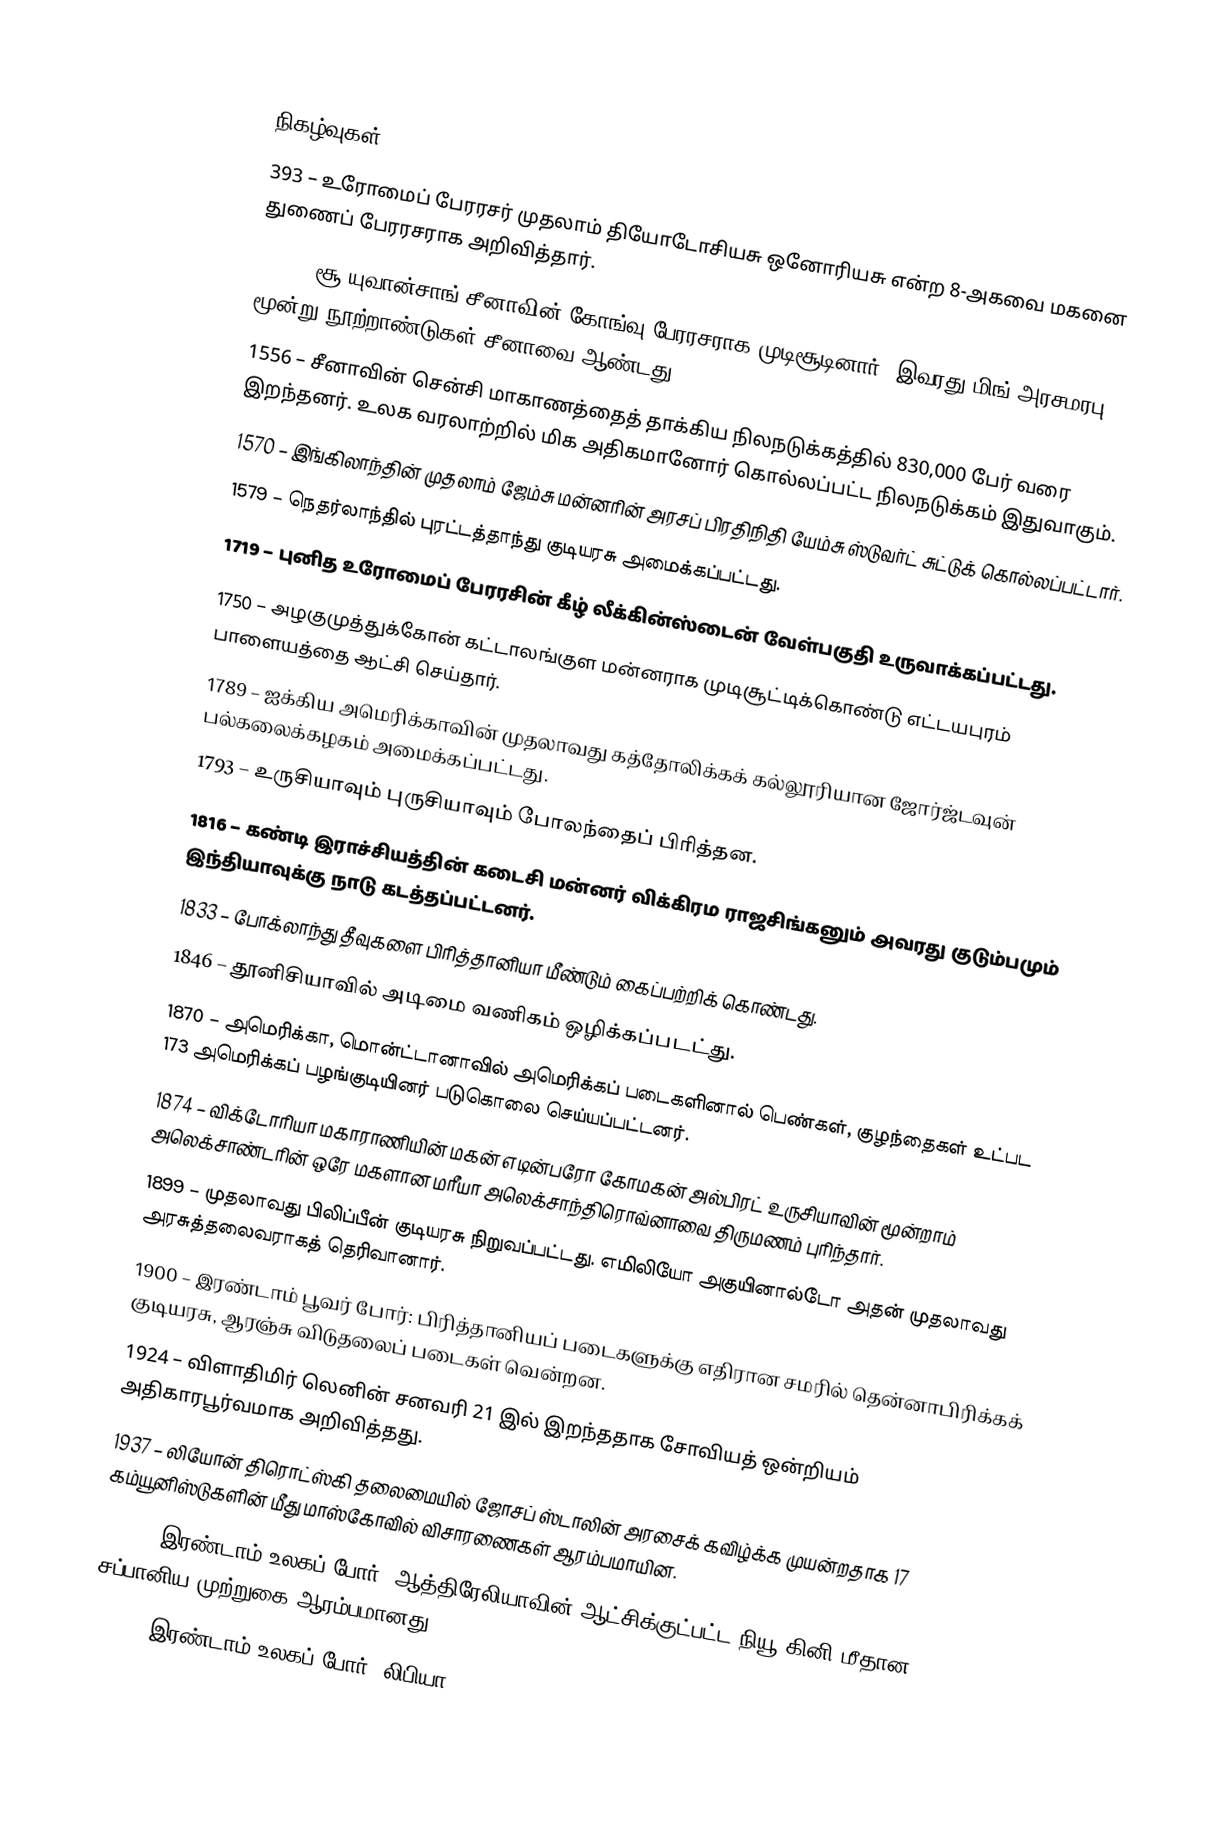

நிகழ்வுகள்
393 – உரோமைப் பேரரசர் முதலாம் தியோடோசியசு ஒனோரியசு என்ற 8-அகவை மகனை துணைப் பேரரசராக அறிவித்தார்.
1368 – சூ யுவான்சாங் சீனாவின் கோங்வு பேரரசராக முடிசூடினார். இவரது மிங் அரசமரபு மூன்று நூற்றாண்டுகள் சீனாவை ஆண்டது.
1556 – சீனாவின் சென்சி மாகாணத்தைத் தாக்கிய நிலநடுக்கத்தில் 830,000 பேர் வரை இறந்தனர். உலக வரலாற்றில் மிக அதிகமானோர் கொல்லப்பட்ட நிலநடுக்கம் இதுவாகும்.
1570 – இங்கிலாந்தின் முதலாம் ஜேம்சு மன்னரின் அரசப் பிரதிநிதி யேம்சு ஸ்டுவர்ட் சுட்டுக் கொல்லப்பட்டார்.
1579 – நெதர்லாந்தில் புரட்டத்தாந்து குடியரசு அமைக்கப்பட்டது.
1719 – புனித உரோமைப் பேரரசின் கீழ் லீக்கின்ஸ்டைன் வேள்பகுதி உருவாக்கப்பட்டது.
1750 – அழகுமுத்துக்கோன் கட்டாலங்குள மன்னராக முடிசூட்டிக்கொண்டு எட்டயபுரம் பாளையத்தை ஆட்சி செய்தார்.
1789 – ஐக்கிய அமெரிக்காவின் முதலாவது கத்தோலிக்கக் கல்லூரியான ஜோர்ஜ்டவுன் பல்கலைக்கழகம் அமைக்கப்பட்டது.
1793 – உருசியாவும் புருசியாவும் போலந்தைப் பிரித்தன.
1816 – கண்டி இராச்சியத்தின் கடைசி மன்னர் விக்கிரம ராஜசிங்கனும் அவரது குடும்பமும் இந்தியாவுக்கு நாடு கடத்தப்பட்டனர்.
1833 – போக்லாந்து தீவுகளை பிரித்தானியா மீண்டும் கைப்பற்றிக் கொண்டது.
1846 – தூனிசியாவில் அடிமை வணிகம் ஒழிக்கப்படட்து.
1870 – அமெரிக்கா, மொன்ட்டானாவில் அமெரிக்கப் படைகளினால் பெண்கள், குழந்தைகள் உட்பட 173 அமெரிக்கப் பழங்குடியினர் படுகொலை செய்யப்பட்டனர்.
1874 – விக்டோரியா மகாராணியின் மகன் எடின்பரோ கோமகன் அல்பிரட் உருசியாவின் மூன்றாம் அலெக்சாண்டரின் ஒரே மகளான மரீயா அலெக்சாந்திரொவ்னாவை திருமணம் புரிந்தார்.
1899 – முதலாவது பிலிப்பீன் குடியரசு நிறுவப்பட்டது. எமிலியோ அகுயினால்டோ அதன் முதலாவது அரசுத்தலைவராகத் தெரிவானார்.
1900 – இரண்டாம் பூவர் போர்: பிரித்தானியப் படைகளுக்கு எதிரான சமரில் தென்னாபிரிக்கக் குடியரசு, ஆரஞ்சு விடுதலைப் படைகள் வென்றன.
1924 – விளாதிமிர் லெனின் சனவரி 21 இல் இறந்ததாக சோவியத் ஒன்றியம் அதிகாரபூர்வமாக அறிவித்தது.
1937 – லியோன் திரொட்ஸ்கி தலைமையில் ஜோசப் ஸ்டாலின் அரசைக் கவிழ்க்க முயன்றதாக 17 கம்யூனிஸ்டுகளின் மீது மாஸ்கோவில் விசாரணைகள் ஆரம்பமாயின.
1942 – இரண்டாம் உலகப் போர்: ஆத்திரேலியாவின் ஆட்சிக்குட்பட்ட நியூ கினி மீதான சப்பானிய முற்றுகை ஆரம்பமானது.
1943 – இரண்டாம் உலகப் போர்: லிபியா